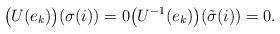
LaTeX: \begin{align*} \big(U(e_k)\big)(\sigma(i)) = 0 \big(U^{-1}(e_k)\big)(\tilde{\sigma}(i)) = 0. \end{align*}